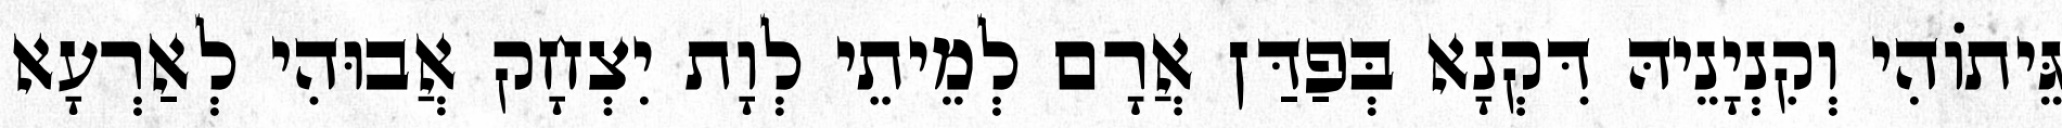
גֵּיתוֹהִי וְקִנְיָנֵיהּ דִּקְנָא בְּפַדַּן אֲרָם לְמֵיתֵי לְוָת יִצְחָק אֲבוּהִי לְאַרְעָא